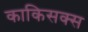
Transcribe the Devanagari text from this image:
काकिसक्स